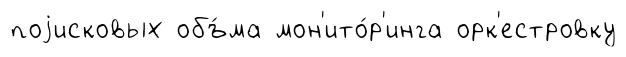
поjисковых объ́ма мон'ито́р'инга орк'естровку